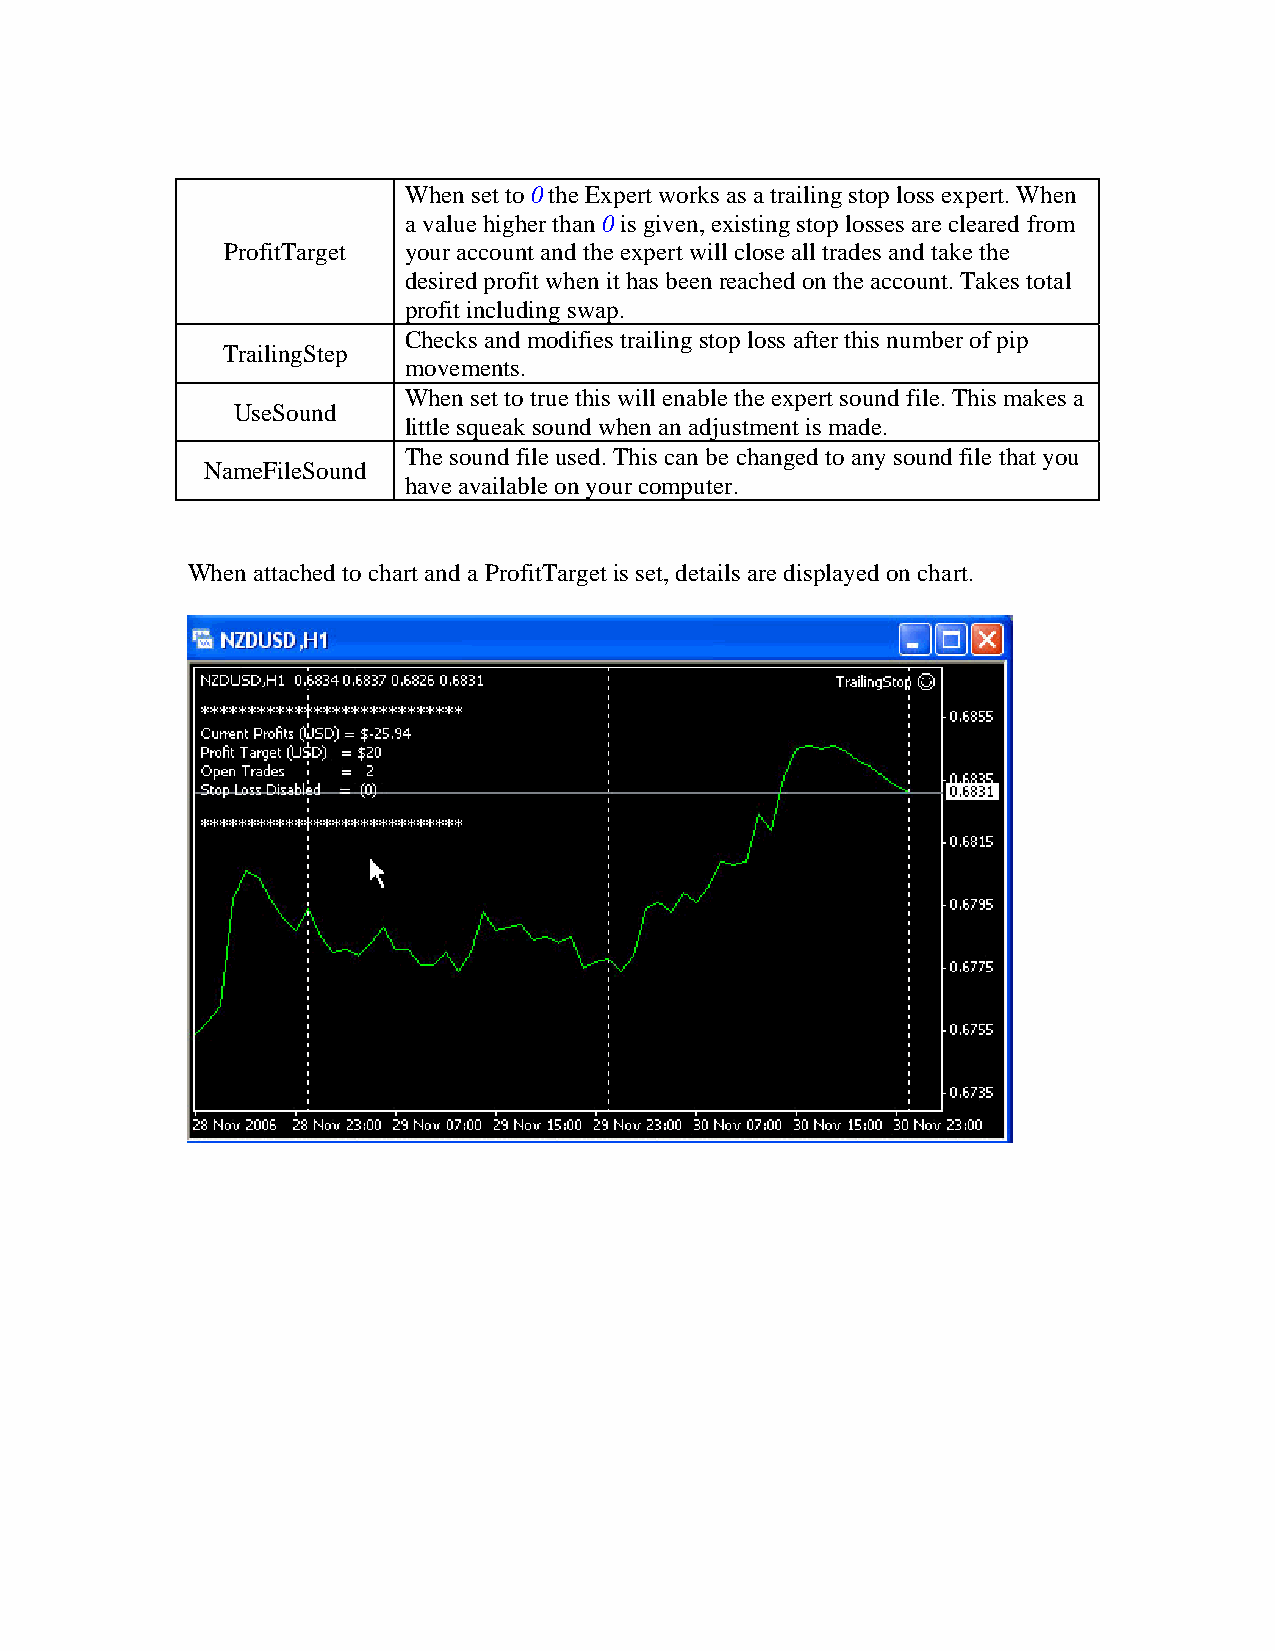
When set to 0 the Expert works as a trailing stop loss expert. When
 a value higher than 0 is given, existing stop losses are cleared from
 ProfitTarget your account and the expert will close all trades and take the
 desired profit when it has been reached on the account. Takes total
 profit including swap.
 Checks and modifies trailing stop loss after this number of pip
 TrailingStep
 movements.
 When set to true this will enable the expert sound file. This makes a
 UseSound
 little squeak sound when an adjustment is made.
 The sound file used. This can be changed to any sound file that you
 NameFileSound
 have available on your computer.
 When attached to chart and a ProfitTarget is set, details are displayed on chart.